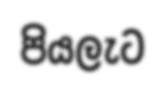
පියලැට